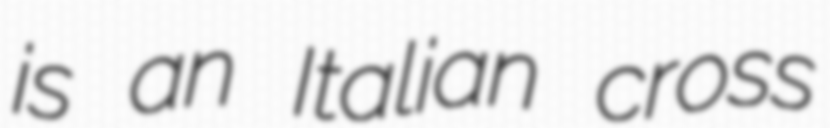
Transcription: is an Italian cross